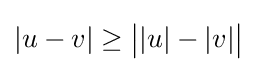
|u-v|\geq {\bigl |}|u|-|v|{\bigr |}